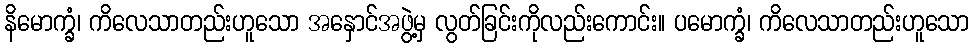
နိမောက္ခံ၊ ကိလေသာတည်းဟူသော အနှောင်အဖွဲ့မှ လွတ်ခြင်းကိုလည်းကောင်း။ ပမောက္ခံ၊ ကိလေသာတည်းဟူသော